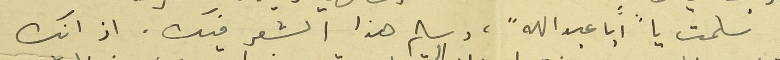
سلمت يا "ابا عبدلله"، وسلم هذا الشعر فيك. اذ انك